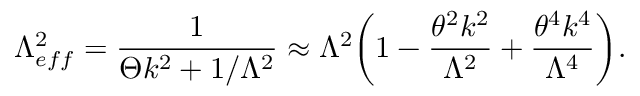
\Lambda _ { e f f } ^ { 2 } = \frac { 1 } { \Theta k ^ { 2 } + 1 / \Lambda ^ { 2 } } \approx \Lambda ^ { 2 } \biggl ( 1 - \frac { \theta ^ { 2 } k ^ { 2 } } { \Lambda ^ { 2 } } + \frac { \theta ^ { 4 } k ^ { 4 } } { \Lambda ^ { 4 } } \biggr ) .